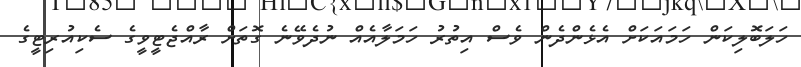
ހަލަބޮލިކަން ހަމައަކަށް އެޅެންދެން ވެސް އިތުރު ހަމަލާއެއް ނުދެވޭނެ ގޮތަށް ރާއްޖެޓީވީގެ ސެކިއުރިޓީގެ